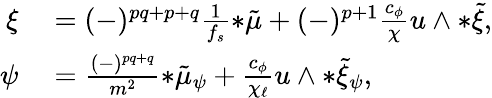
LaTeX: \begin{array}{rl}{\xi}&{{}=(-)^{pq+p+q}\frac{1}{f_{s}}{*\tilde{\mu}}+(-)^{p+1}\frac{c_{\phi}}{\chi}u\wedge{*\tilde{\xi}},}\\ {\psi}&{{}=\frac{(-)^{pq+q}}{m^{2}}{*\tilde{\mu}_{\psi}}+\frac{c_{\phi}}{\chi_{\ell}}u\wedge{*\tilde{\xi}_{\psi}},}\end{array}